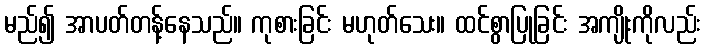
မည်၍ အာပတ်တန့်နေသည်။ ကုစားခြင်း မဟုတ်သေး။ ထင်စွာပြုခြင်း အကျိုးကိုလည်း